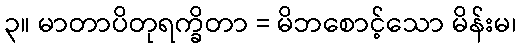
၃။ မာတာပိတုရက္ခိတာ = မိဘစောင့်သော မိန်းမ၊